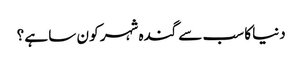
دنیا کا سب سے گندہ شہر کو ن سا ہے ؟